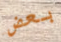
بعض